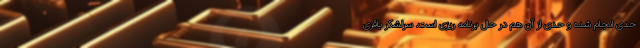
حدی انجام شده و حدی از آن هم در حال برنامه ریزی است. سرلشکر باقری